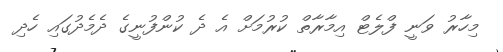
މިހާރު ވަނީ ފްލެޓް އިމާރާތް ކުރުމަށް އެ ދެ ކުންފުނީގެ ދެމެދުގައި ހެދި